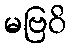
မဗြဝိ